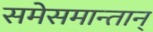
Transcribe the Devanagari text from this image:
समेसमान्तान्